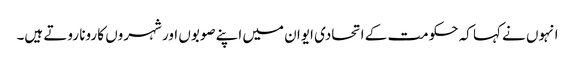
انہوں نے کہا کہ حکومت کے اتحادی ایوان میں اپنے صوبوں اور شہروں کا رونا روتے ہیں۔